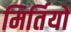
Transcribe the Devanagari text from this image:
मिर्तियों